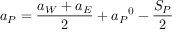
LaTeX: a _ { P } = { \frac { a _ { W } + a _ { E } } { 2 } } + { a _ { P } } ^ { 0 } - { \frac { S _ { P } } { 2 } }